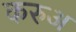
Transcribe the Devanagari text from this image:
करुअ